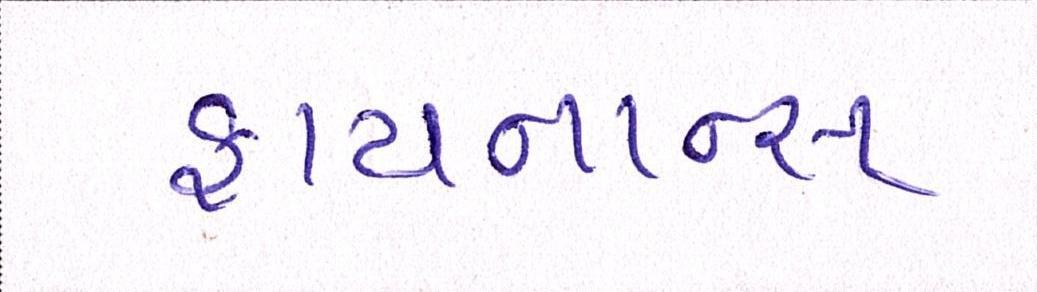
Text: ફાયનાન્સ